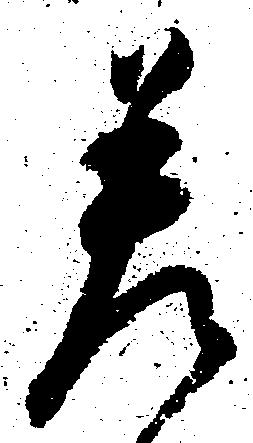
差